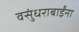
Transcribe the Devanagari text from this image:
वसुंधराबाईंना